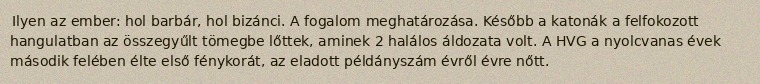
Ilyen az ember: hol barbár, hol bizánci. A fogalom meghatározása. Később a katonák a felfokozott hangulatban az összegyűlt tömegbe lőttek, aminek 2 halálos áldozata volt. A HVG a nyolcvanas évek második felében élte első fénykorát, az eladott példányszám évről évre nőtt.